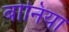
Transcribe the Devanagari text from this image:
बोनिया